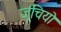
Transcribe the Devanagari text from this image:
जूंचियो